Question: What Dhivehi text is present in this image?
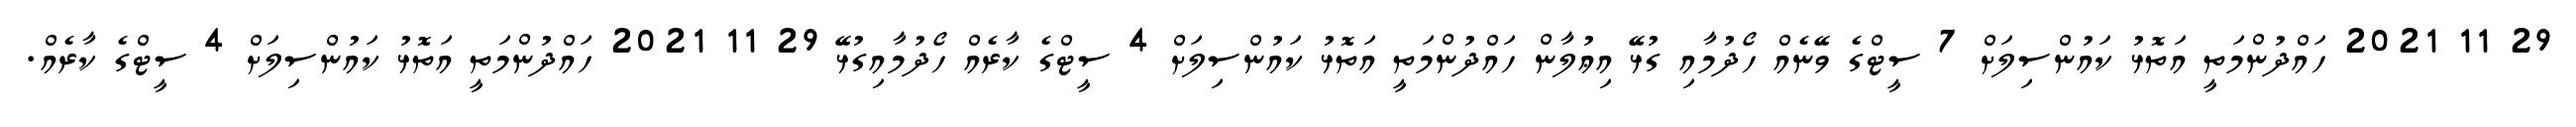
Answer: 29 11 2021 ހައްދުންމަތީ އަތޮޅު ކައުންސިލަށް 7 ސީޓްގެ ވޭނެއް ހޯދުމާއި ގުޅޭ އިޢުލާން ހައްދުންމަތީ އަތޮޅު ކައުންސިލަށް 4 ސީޓްގެ ކާރެއް ހޯދުމާއިގުޅޭ 29 11 2021 ހައްދުންމަތީ އަތޮޅު ކައުންސިލަށް 4 ސީޓްގެ ކާރެއް.